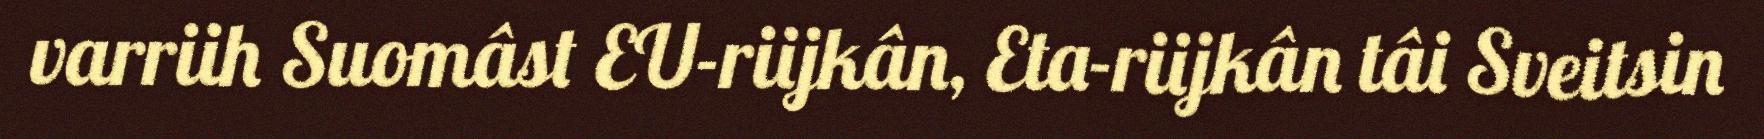
varriih Suomâst EU-riijkân, Eta-riijkân tâi Sveitsin